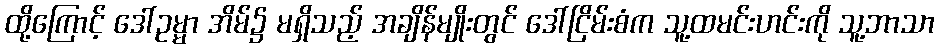
ထို့ကြောင့် ဒေါ်ဥမ္မာ အိမ်၌ မရှိသည့် အချိန်မျိုးတွင် ဒေါ်ငြိမ်းစံက သူ့ထမင်းဟင်းကို သူ့ဘာသာ